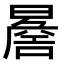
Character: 𭧬